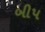
બીપ